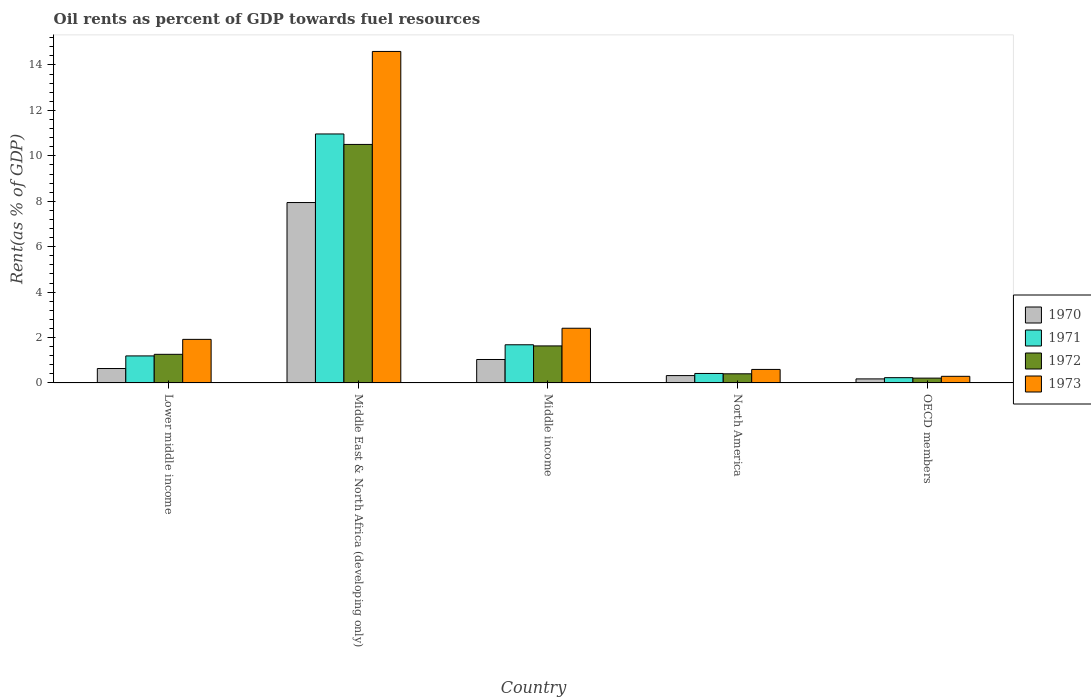
| Country | 1970 | 1971 | 1972 | 1973 |
 | --- | --- | --- | --- | --- |
 | Lower middle income | 0.635 | 1.19 | 1.26 | 1.92 |
 | Middle East & North Africa (developing only) | 7.94 | 11 | 10.5 | 14.6 |
 | Middle income | 1.03 | 1.68 | 1.63 | 2.41 |
 | North America | 0.324 | 0.417 | 0.402 | 0.595 |
 | OECD members | 0.178 | 0.233 | 0.212 | 0.292 |